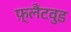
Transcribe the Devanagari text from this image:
फ़्लैटवुड